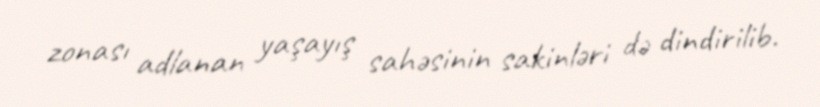
zonası adlanan yaşayış sahəsinin sakinləri də dindirilib.